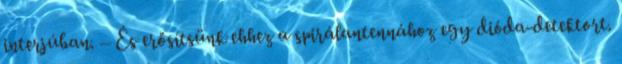
interjúban. – És erősítsünk ehhez a spirálantennához egy dióda-detektort.